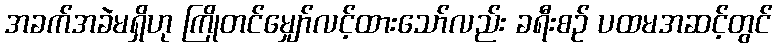
အခက်အခဲမရှိဟု ကြိုတင်မျှော်လင့်ထားသော်လည်း ခရီးစဉ် ပထမအဆင့်တွင်